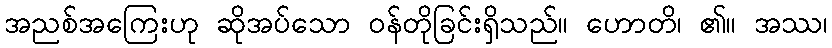
အညစ်အကြေးဟု ဆိုအပ်သော ဝန်တိုခြင်းရှိသည်။ ဟောတိ၊ ၏။ အဿ၊